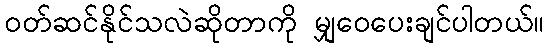
ဝတ်ဆင်နိုင်သလဲဆိုတာကို မျှဝေပေးချင်ပါတယ်။